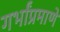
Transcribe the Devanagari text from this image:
गर्भांप्रमाणे